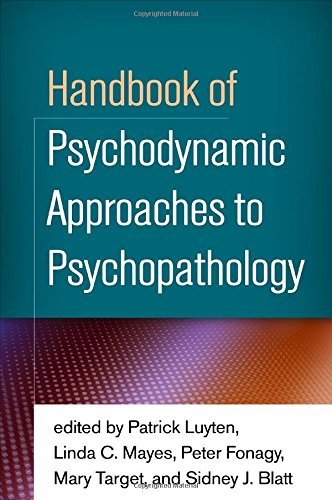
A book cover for Handbook of Psychodynamic Approaches to Psychopathology; Medical Books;